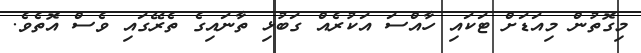
މިގޮތުން މިއަޑަށް ޓަކައި ހާއްސަ އަކުރެއް ގަބުޅި ތާނައިގެ ތެރޭގައި ވެސް އޮތެވެ.